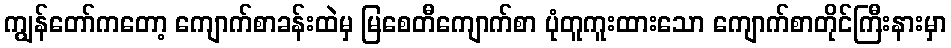
ကျွန်တော်ကတော့ ကျောက်စာခန်းထဲမှ မြစေတီကျောက်စာ ပုံတူကူးထားသော ကျောက်စာတိုင်ကြီးနားမှာ